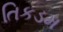
તિકડમ